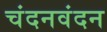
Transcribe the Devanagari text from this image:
चंदनवंदन